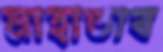
মাহাতাব